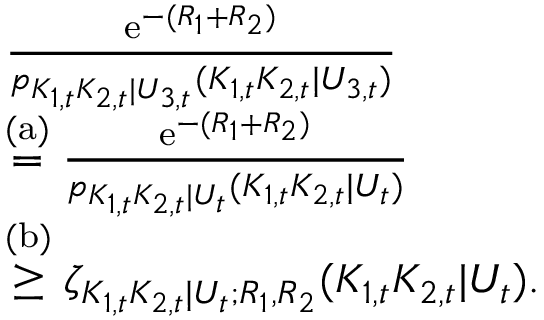
\begin{array} { r l } & { \frac { \mathrm { e } ^ { - ( R _ { 1 } + R _ { 2 } ) } } { p _ { K _ { 1 , t } K _ { 2 , t } | U _ { 3 , t } } ( K _ { 1 , t } K _ { 2 , t } | U _ { 3 , t } ) } } \\ & { \stackrel { \mathrm { ( a ) } } { = } \frac { \mathrm { e } ^ { - ( R _ { 1 } + R _ { 2 } ) } } { p _ { K _ { 1 , t } K _ { 2 , t } | U _ { t } } ( K _ { 1 , t } K _ { 2 , t } | U _ { t } ) } } \\ & { \stackrel { \mathrm { ( b ) } } { \geq } \zeta _ { K _ { 1 , t } K _ { 2 , t } | U _ { t } ; R _ { 1 } , R _ { 2 } } ( K _ { 1 , t } K _ { 2 , t } | U _ { t } ) . } \end{array}